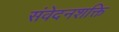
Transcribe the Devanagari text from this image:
संवेदनशक्ति